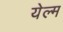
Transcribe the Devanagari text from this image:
येल्म